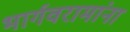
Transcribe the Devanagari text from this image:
भार्गवरामांना